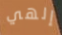
إلهي